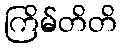
ကြိမ်တိတိ